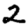
Digit: 2